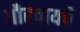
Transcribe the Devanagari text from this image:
गौरवायचे